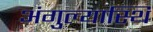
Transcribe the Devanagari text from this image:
अंगुल्यास्थि